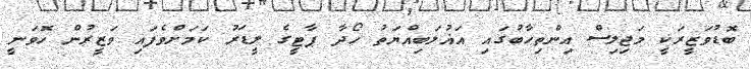
ބޮޑުވަޒީރަކީ މަޖިލިސް އިންތިހާބުގައި އަޣުލަބިއްޔަތު ހޯދާ ޕާޓީގެ ލީޑަރު ކަމަށްވެފައި ވަޒީރުން ހޮވަނީ